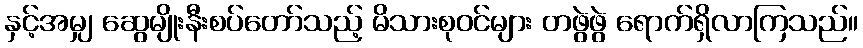
နှင့်အမျှ ဆွေမျိုးနီးစပ်တော်သည့် မိသားစုဝင်များ တဖွဲဖွဲ ရောက်ရှိလာကြသည်။